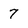
Character: 7